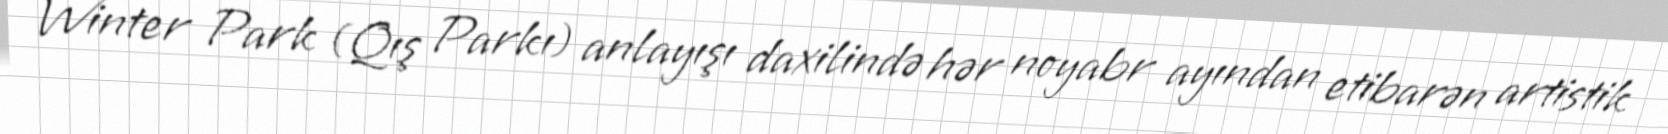
Winter Park (Qış Parkı) anlayışı daxilində hər noyabr ayından etibarən artistik